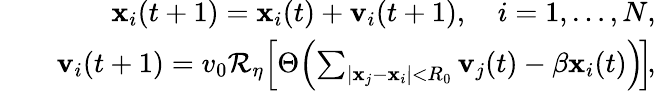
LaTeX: \begin{array}{rlr}&{}&{\mathbf{x}_{i}(t+1)=\mathbf{x}_{i}(t)+\mathbf{v}_{i}(t+1),\quad i=1,\ldots,N,}\\ &{}&{\mathbf{v}_{i}(t+1)=v_{0}\mathcal{R}_{\eta}\! \left[\Theta\! \left(\sum_{|\mathbf{x}_{j}-\mathbf{x}_{i}|<R_{0}}\mathbf{v}_{j}(t)-\beta\mathbf{x}_{i}(t)\right)\! \right]\! ,}\end{array}